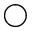
\bigcirc